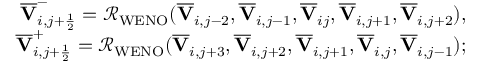
\begin{array} { r } { \overline { { \mathbf { V } } } _ { i , j + \frac { 1 } { 2 } } ^ { - } = \mathcal { R } _ { \mathrm { W E N O } } ( \overline { { \mathbf { V } } } _ { i , j - 2 } , \overline { { \mathbf { V } } } _ { i , j - 1 } , \overline { { \mathbf { V } } } _ { i j } , \overline { { \mathbf { V } } } _ { i , j + 1 } , \overline { { \mathbf { V } } } _ { i , j + 2 } ) , } \\ { \overline { { \mathbf { V } } } _ { i , j + \frac { 1 } { 2 } } ^ { + } = \mathcal { R } _ { \mathrm { W E N O } } ( \overline { { \mathbf { V } } } _ { i , j + 3 } , \overline { { \mathbf { V } } } _ { i , j + 2 } , \overline { { \mathbf { V } } } _ { i , j + 1 } , \overline { { \mathbf { V } } } _ { i , j } , \overline { { \mathbf { V } } } _ { i , j - 1 } ) ; } \end{array}